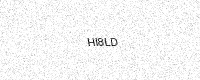
Text: HI8LD